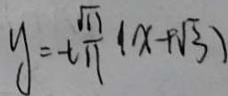
y = - t \frac { \sqrt { 1 1 } } { 1 1 } ( x + \sqrt { 3 } )